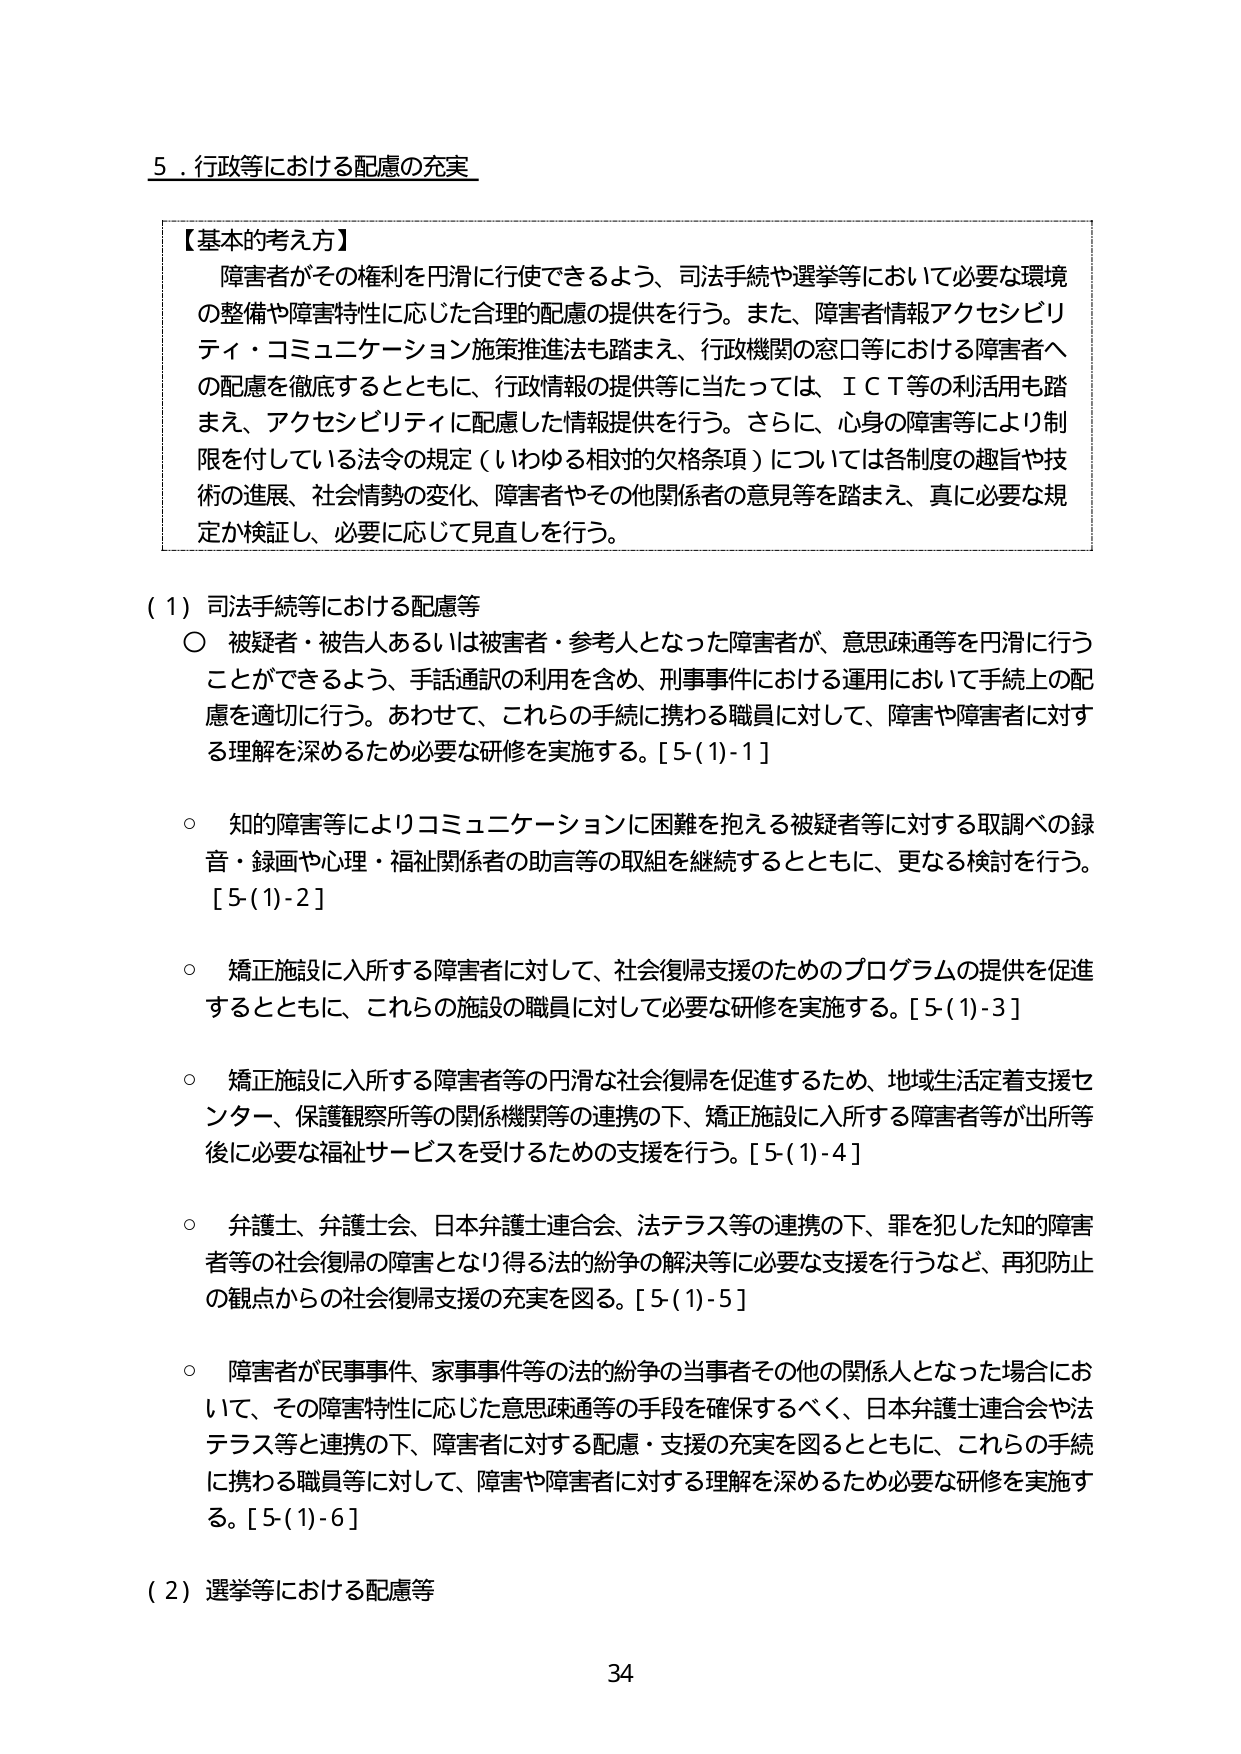
5．行政等における配慮の充実

【基本的考え方】
障害者がその権利を円滑に行使できるよう、司法手続や選挙等において必要な環境の整備や障害特性に応じた合理的配慮の提供を行う。また、障害者情報アクセシビリティ・コミュニケーション施策推進法も踏まえ、行政機関の窓口等における障害者への配慮を徹底するとともに、行政情報の提供等に当たっては、ＩＣＴ等の利活用も踏まえ、アクセシビリティに配慮した情報提供を行う。さらに、心身の障害等により制限を付している法令の規定（いわゆる相対的欠格条項）については各制度の趣旨や技術の進展、社会情勢の変化、障害者やその他関係者の意見等を踏まえ、真に必要な規定か検証し、必要に応じて見直しを行う。

（1）司法手続等における配慮等
○ 被疑者・被告人あるいは被害者・参考人となった障害者が、意思疎通等を円滑に行うことができるよう、手話通訳の利用を含め、刑事事件における運用において手続上の配慮を適切に行う。あわせて、これらの手続に携わる職員に対して、障害や障害者に対する理解を深めるため必要な研修を実施する。[5-(1)-1]

○ 知的障害等によりコミュニケーションに困難を抱える被疑者等に対する取調べの録音・録画や心理・福祉関係者の助言等の取組を継続するとともに、更なる検討を行う。[5-(1)-2]

○ 矯正施設に入所する障害者に対して、社会復帰支援のためのプログラムの提供を促進するとともに、これらの施設の職員に対して必要な研修を実施する。[5-(1)-3]

○ 矯正施設に入所する障害者等の円滑な社会復帰を促進するため、地域生活定着支援センター、保護観察所等の関係機関等の連携の下、矯正施設に入所する障害者等が出所等後に必要な福祉サービスを受けるための支援を行う。[5-(1)-4]

○ 弁護士、弁護士会、日本弁護士連合会、法テラス等の連携の下、罪を犯した知的障害者等の社会復帰の障害となり得る法的紛争の解決等に必要な支援を行うなど、再犯防止の観点からの社会復帰支援の充実を図る。[5-(1)-5]

○ 障害者が民事事件、家事事件等の法的紛争の当事者その他の関係人となった場合において、その障害特性に応じた意思疎通等の手段を確保するべく、日本弁護士連合会や法テラス等と連携の下、障害者に対する配慮・支援の充実を図るとともに、これらの手続に携わる職員等に対して、障害や障害者に対する理解を深めるため必要な研修を実施する。[5-(1)-6]

（2）選挙等における配慮等

34